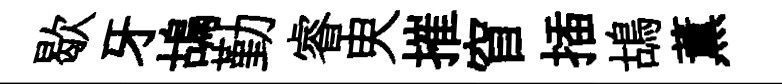
歇牙鴣勤睿㬰摧窅插鴣薫